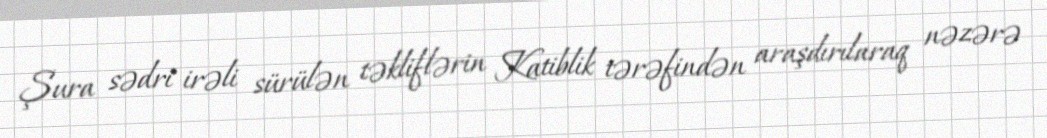
Şura sədri irəli sürülən təkliflərin Katiblik tərəfindən araşdırılaraq nəzərə